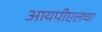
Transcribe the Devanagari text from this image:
आयपीएलचा